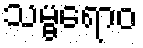
သမ္ဗရောဝ